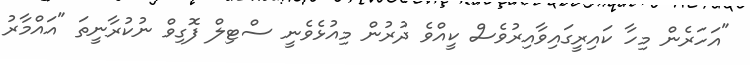
"އަހަރެން މިހާ ކައިރީގައިވާއިރުވެސް ކީއްވެ ދުރުން މިއުޅެވެނީ ސްޓިލް ފޮގިވް ނުކުރާނީތަ "އައްމާރު